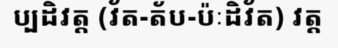
ប្បដិវត្ត (វ័ត-ត័ប-ប៉ៈដិវ័ត) វត្ត